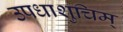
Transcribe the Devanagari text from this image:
उपधाशुचिम्